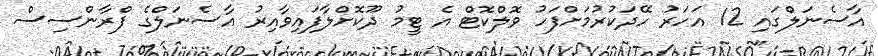
އާސެނަލްގައި 12 އަހަރު ހޭދަކުރުމަށްފަހު ވޮލްކޮޓް އެ ޓީމު ދޫކޮށްލާފައިވާއިރު އާސެނަލްގެ ފްރާންސިސް